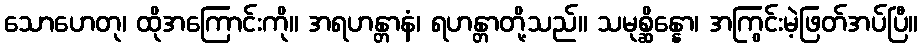
သောဟေတု၊ ထိုအကြောင်းကို။ အရဟန္တာနံ၊ ရဟန္တာတို့သည်။ သမုစ္ဆိန္နော၊ အကြွင်းမဲ့ဖြတ်အပ်ပြီ။